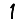
Digit: 1